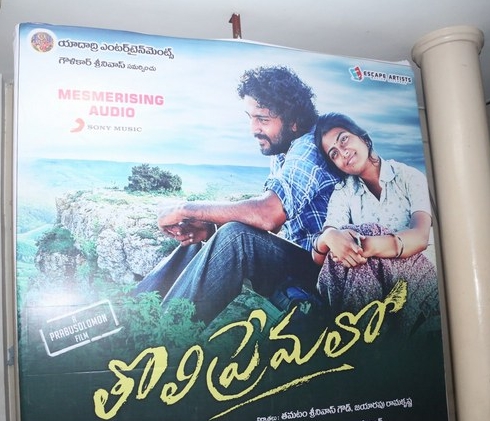
Language: telugu
Transcription: ఎంటర్ టైన్ మెంట్స్ తొలిప్రేమలో యాదాద్రి శ్రీనివాస్ తమటం శ్రీనివాస్ జయారపు రామకృష్ణ గౌడ్ గౌళికార్